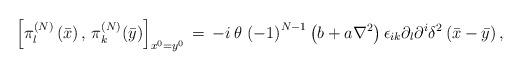
LaTeX: \begin{align*}\left[ \pi _{l}^{\left( N\right) }\left( \bar{x}\right) ,\,\pi _{k}^{\left(N\right) }(\bar{y})\right] _{x^{0}=y^{0}}\,=\,-i\,\theta \,\left( -1\right)^{N-1}\left( b+a\nabla ^{2}\right) \epsilon _{ik}\partial _{l}\partial^{i}\delta ^{2}\left( \bar{x}-\bar{y}\right) , \end{align*}